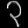
Digit: ၃